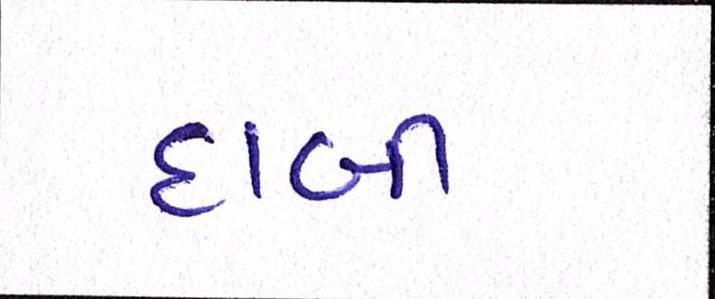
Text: દાબી